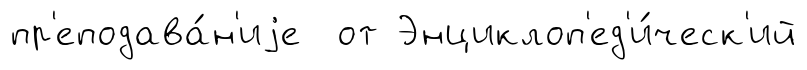
пр'еподава́н'иjе от Энциклоп'ед'и́ческ'ий